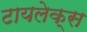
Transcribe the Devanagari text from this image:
टायलेक्स